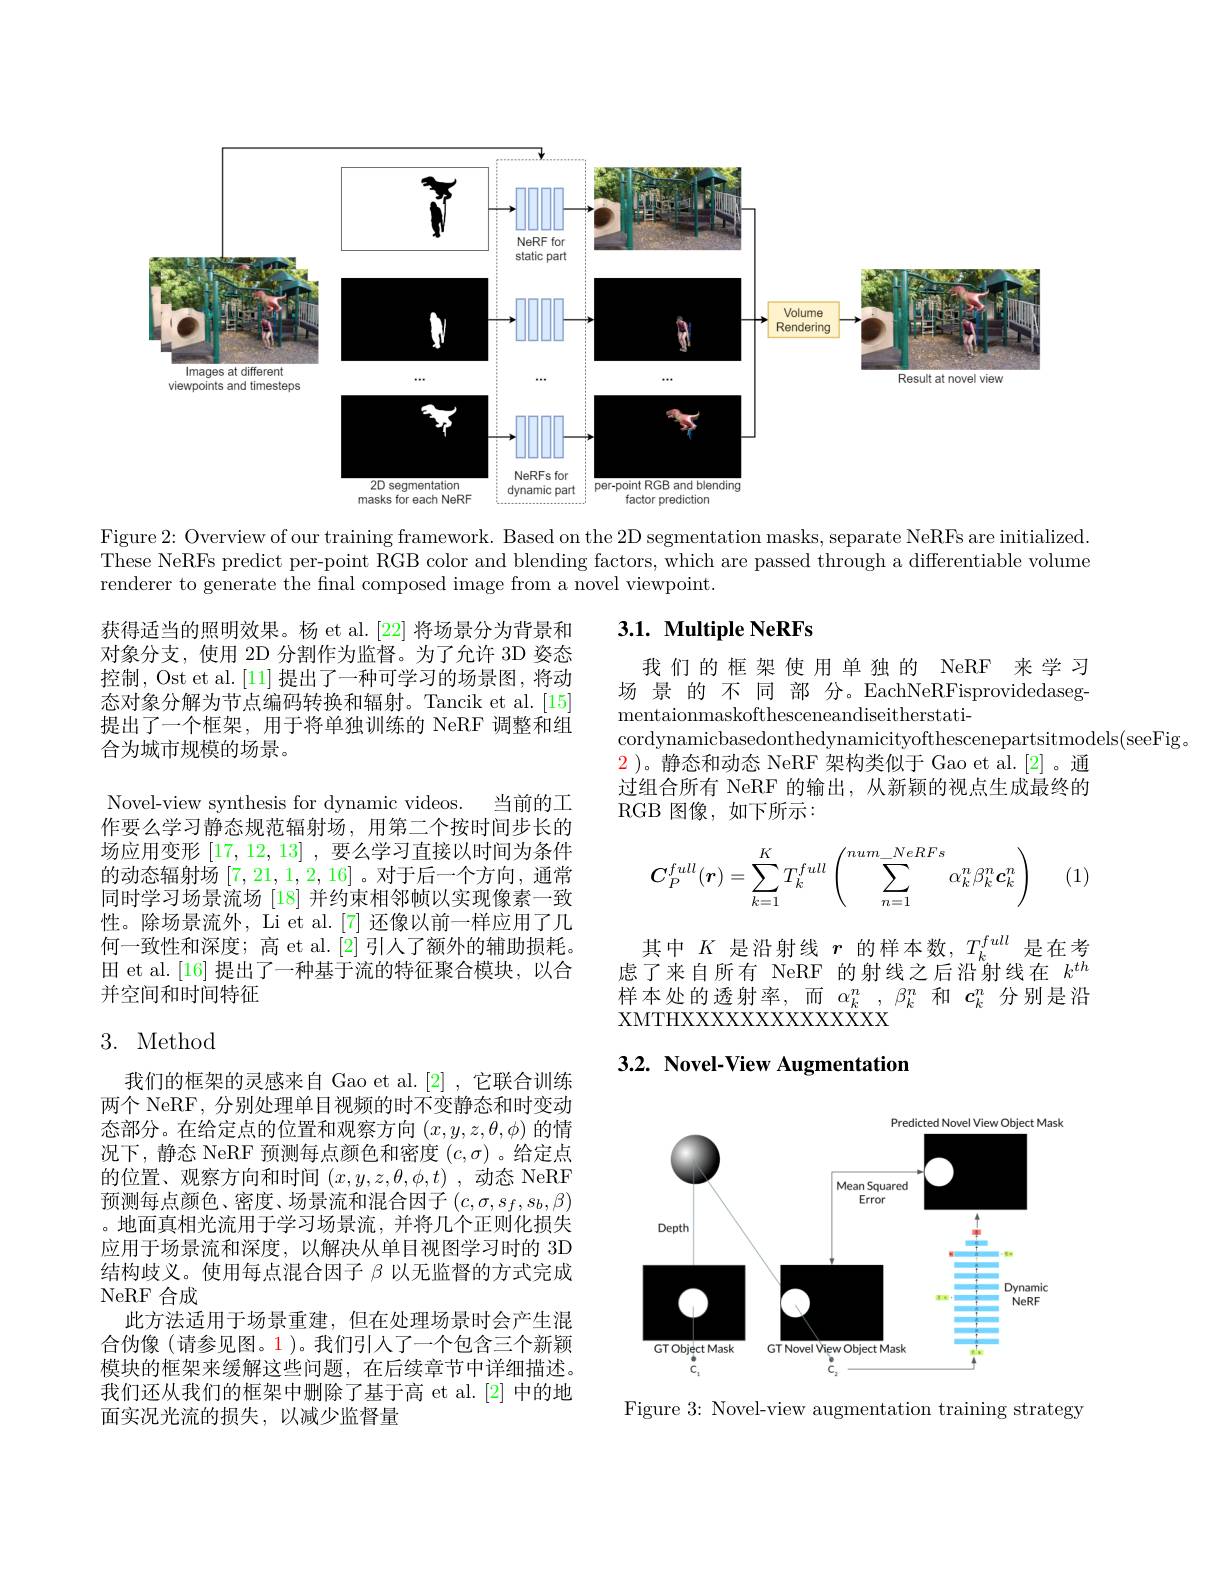
<FigureHere>

Figure 2: Overview of our training framework. Based on the 2D segmentation masks, separate NeRFs are initialized. These NeRFs predict per-point RGB color and blending factors, which are passed through a differentiable volume renderer to generate the final composed image from a novel viewpoint.

## $3. 1. \textbf{ Multiple NeRFs}$

我们的框架使用单独的 NeRF 来学习场 景 的 不 同 部 分。EachNeRFisprovidedasegmentaionmaskofthesceneandiseitherstati-
cordynamicbasedonthedynamicityofthescenepartsitmodels(seeFig。
$\color{red}2$ )。静态和动态 NeRF 架构类似于 Gao et al.[2]。通过组合所有 NeRF 的输出，从新颖的视点生成最终的RGB 图像，如下所示：

获得适当的照明效果。杨 et al.[22] 将场景分为背景和对象分支，使用 2D 分割作为监督。为了允许 3D 姿态控制，Ost et al. [11] 提出了一种可学习的场景图，将动态对象分解为节点编码转换和辐射。Tancik et al.[15] 提出了一个框架，用于将单独训练的 NeRF 调整和组合为城市规模的场景。
Novel-view synthesis for dynamic videos. 当前的工作要么学习静态规范辐射场，用第二个按时间步长的场应用变形[17,12,13] ,要么学习直接以时间为条件的动态辐射场[7,21,1,2,16] 。对于后一个方向 , 通常同时学习场景流场 [18] 并约束相邻帧以实现像素一致性。除场景流外，Li et al.[7] 还像以前一样应用了几何一致性和深度；高 et al. [2]引人了额外的辅助损耗。田 et al.[16] 提出了一种基于流的特征聚合模块，以合并空间和时间特征
$$C_P^{full}(\boldsymbol{r})=\sum_{k=1}^KT_k^{full}\left(\sum_{n=1}^{num_NeRFs}\alpha_k^n\beta_k^n\boldsymbol{c}_k^n\right)$$
(1,

其中$K$是沿射线$r$的样本数，$T_k^full$是在考虑了来自所有 NeRF 的射线之后沿射线在$k^{th}$ 样本处的透射率，而$\alpha_k^n,\beta_k^n$和$c_k^n$分别是沿XMTHXXXXXXXXXXXXX

# 3. Method

# 3.2. Novel-View Augmentation

<FigureHere>

我们的框架的灵感来自 Gao et al.[2] ,它联合训练两个 NeRF, 分别处理单目视频的时不变静态和时变动态部分。在给定点的位置和观察方向$(x,y,z,\theta,\phi)$的情况下，静态 NeRF 预测每点颜色和密度$(c,\sigma)$ 。给定点的位置、观察方向和时间$(x,y,z,\theta,\phi,t)$ ,动态 NeRF 预测每点颜色、密度、场景流和混合因子$(c,\sigma,s_f,s_b,\beta)$ 。地面真相光流用于学习场景流，并将几个正则化损失应用于场景流和深度，以解决从单目视图学习时的 3D 结构歧义。使用每点混合因子$\beta$以无监督的方式完成NeRF 合成
此方法适用于场景重建，但在处理场景时会产生混合伪像(请参见图。1)。我们引人了一个包含三个新颖模块的框架来缓解这些问题，在后续章节中详细描述。我们还从我们的框架中删除了基于高 et al.[2] 中的地面实况光流的损失，以减少监督量

Figure 3: Novel-view augmentation training strategy